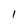
Character: 1